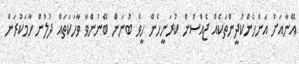
އޭނާއަށް އަންހެންކުދީންތަކެއް ޖެއްސުން ކުރަނީހެން ހީވެ ބުނަން ބޭނުންވާ ވާހަކަތައް ދުލުން ހާމަކުރަން